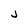
Character: j